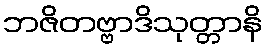
ဘဇိတဗ္ဗာဒိသုတ္တာနိ